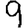
Digit: 9